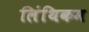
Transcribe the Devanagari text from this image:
लिंथिकम